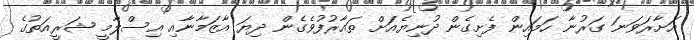
އަށާރަވަނަ ގަރުނާ ހަމައިން ފެށިގެން ދުނިޔެއަށް ތައާރުފުވެގެން ދިޔަ އާޒަމާނާއި އިސްލާމީ ޝަރީއަތުގެ